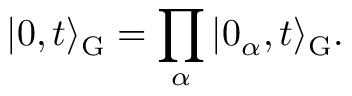
\vert 0 , t \rangle _ { \mathrm { G } } = \prod _ { \alpha } \vert 0 _ { \alpha } , t \rangle _ { \mathrm { G } } .